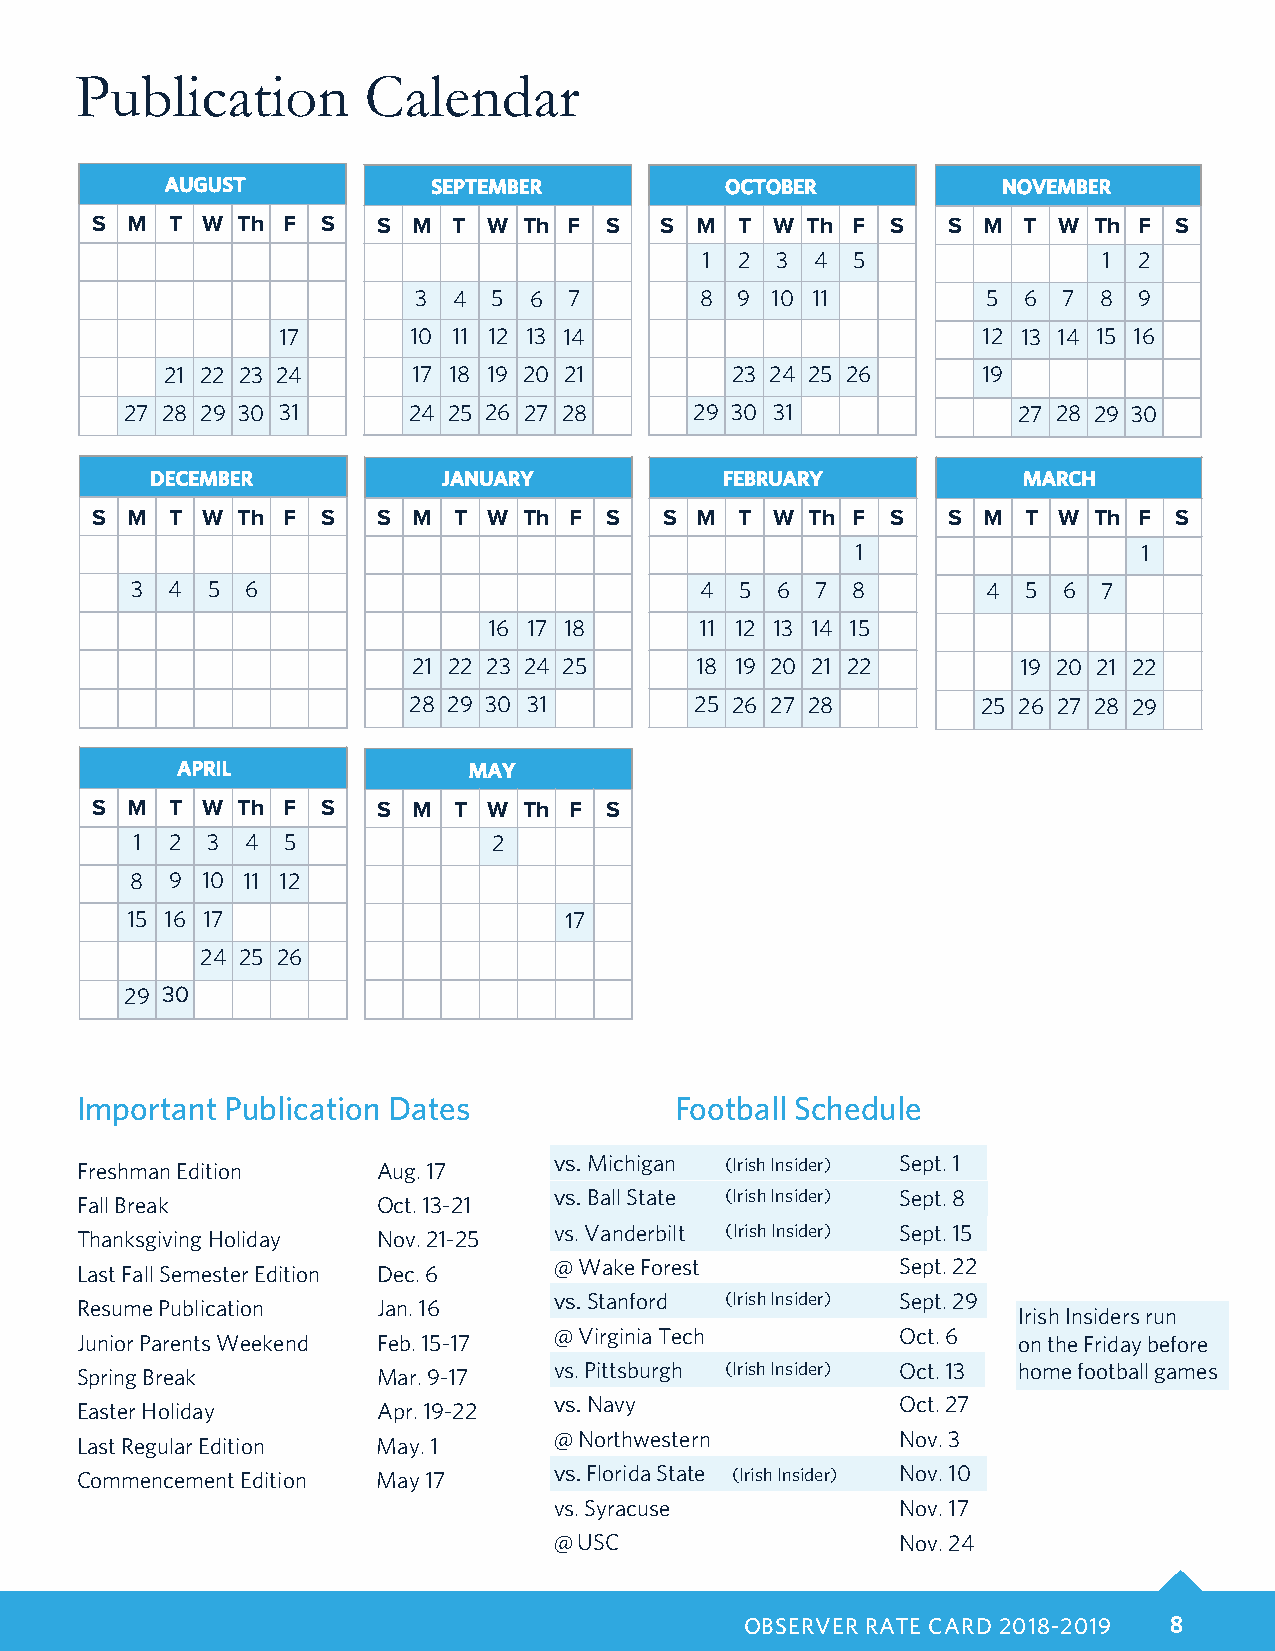
Publication        Calendar
 AUGUST            SEPTEMBER          OCTOBER           NOVEMBER
 S M  T W  Th F S   S M  T W  Th F S   S M  T W Th F  S   S M  T W Th F  S
 1  2 3  4 5                1 2
 3  4  5 6  7       8  9 10 11         5  6 7  8 9
 17       10 11 12 13 14                        12 13 14 15 16
 21 22 23 24     17 18 19 20 21       23 24 25 26      19
 27 28 29 30 31     24 25 26 27 28     29 30 31             27 28 29 30
 DECEMBER           JANUARY            FEBRUARY            MARCH
 S M  T W  Th F S   S M  T W  Th F S   S M  T W  Th F S   S M  T W Th F  S
 1                  1
 3 4  5 6                             4  5 6  7 8        4  5 6  7
 16 17 18      11 12 13 14 15
 21 22 23 24 25     18 19 20 21 22        19 20 21 22
 28 29 30 31        25 26 27 28        25 26 27 28 29
 APRIL              MAY
 S M  T W  Th F S   S M  T W  Th F S
 1 2  3 4  5             2
 8 9 10 11 12
 15 16 17                     17
 24 25 26
 29 30
 Important Publication Dates             Football Schedule
 Freshman Edition    Aug. 17     vs. Michigan (Irish Insider) Sept. 1
 vs. Ball State (Irish Insider) Sept. 8
 Fall Break          Oct. 13-21
 vs. Vanderbilt (Irish Insider) Sept. 15
 Thanksgiving Holiday Nov. 21-25
 @ Wake Forest          Sept. 22
 Last Fall Semester Edition Dec. 6
 vs. Stanford (Irish Insider) Sept. 29
 Resume Publication  Jan. 16
 Irish Insiders run
 @ Virginia Tech        Oct. 6
 Junior Parents Weekend Feb. 15-17                             on the Friday before
 Spring Break        Mar. 9-17   vs. Pittsburgh (Irish Insider) Oct. 13 home football games
 vs. Navy               Oct. 27
 Easter Holiday      Apr. 19-22
 @ Northwestern         Nov. 3
 Last Regular Edition May. 1
 Commencement Edition May 17     vs. Florida State (Irish Insider) Nov. 10
 vs. Syracuse           Nov. 17
 @ USC                  Nov. 24
 OBSERVER RATE CARD 2018-2019 8